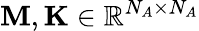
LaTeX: \mathbf{M},\mathbf{K}\in\mathbb{R}^{N_{A}\times N_{A}}